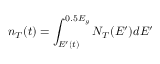
n _ { T } ( t ) = \int _ { E ^ { \prime } ( t ) } ^ { 0 . 5 E _ { g } } N _ { T } ( E ^ { \prime } ) d E ^ { \prime }